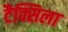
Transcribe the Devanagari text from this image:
टैक्सिला